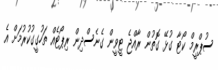
ސުޕްރީމް ކޯޓާ ގުޅޭ ގޮތުން ރާއްޖެ ޓީވީން ގެނެސްދިން ރިޕޯޓެއް ތަހުގީގުކުރުމަށް އެ